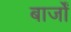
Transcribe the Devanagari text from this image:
बार्जों